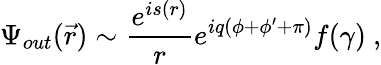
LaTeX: \Psi_{out}(\vec{r})\sim\frac{e^{is(r)}}re^{iq(\phi+\phi^{\prime}+\pi)}f(\gamma)\ ,